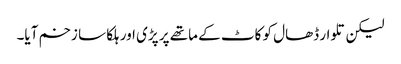
لیکن تلوار ڈھال کو کاٹ کے ماتھے پر پڑی اور ہلکا سا زخم آیا۔